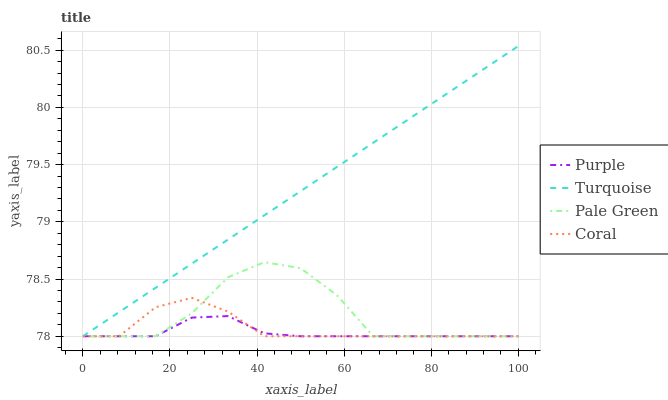
| xaxis_label | Purple | Turquoise | Pale Green | Coral |
 | --- | --- | --- | --- | --- |
 | 0 | 78 | 78 | 78 | 78 |
 | 8.33 | 78 | 78.2 | 78 | 78 |
 | 16.7 | 78 | 78.4 | 78 | 78.3 |
 | 25 | 78.2 | 78.6 | 78.2 | 78.3 |
 | 33.3 | 78.2 | 78.8 | 78.5 | 78.2 |
 | 41.7 | 78 | 79.1 | 78.6 | 78 |
 | 50 | 78 | 79.3 | 78.6 | 78 |
 | 58.3 | 78 | 79.5 | 78.4 | 78 |
 | 66.7 | 78 | 79.7 | 78 | 78 |
 | 75 | 78 | 79.9 | 78 | 78 |
 | 83.3 | 78 | 80.1 | 78 | 78 |
 | 91.7 | 78 | 80.3 | 78 | 78 |
 | 100 | 78 | 80.5 | 78 | 78 |